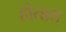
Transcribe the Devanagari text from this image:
होतात्